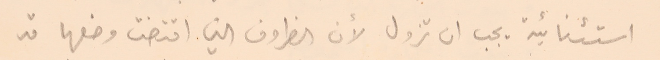
استثنائية يجب ان تزول لأن الظروف التي اقتضت وضعها قد